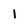
Character: 1